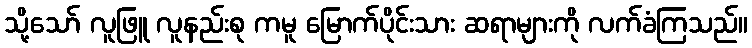
သို့သော် လူဖြူ လူနည်းစု ကမူ မြောက်ပိုင်းသား ဆရာများကို လက်ခံကြသည်။